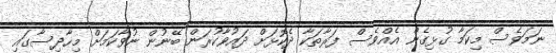
ނަމަވެސް މިކަމާ ގުޅިގެން އެއްވެސް ފަރާތަކާ ދެކޮޅަށް ދައުވާކުރަން ބޭނުން ނުވާކަމަށް މިހާދިސާގައި